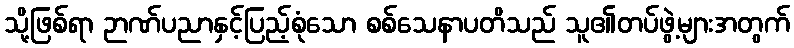
သို့ဖြစ်ရာ ဉာဏ်ပညာနှင့်ပြည့်စုံသော စစ်သေနာပတိသည် သူ၏တပ်ဖွဲ့များအတွက်